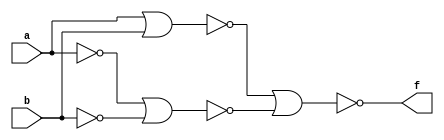
module Num1A(a,b,f);
input a,b;
output f;
wire n1,n2,n3,n4;
nor Nor1(n1, a ,b );
nor Not1(n2,a);
nor Not2(n3,b);
nor Nor2(n4,n2,n3);
nor Nor3(f,n1,n4);
endmodule